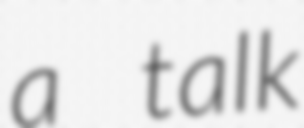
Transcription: a talk